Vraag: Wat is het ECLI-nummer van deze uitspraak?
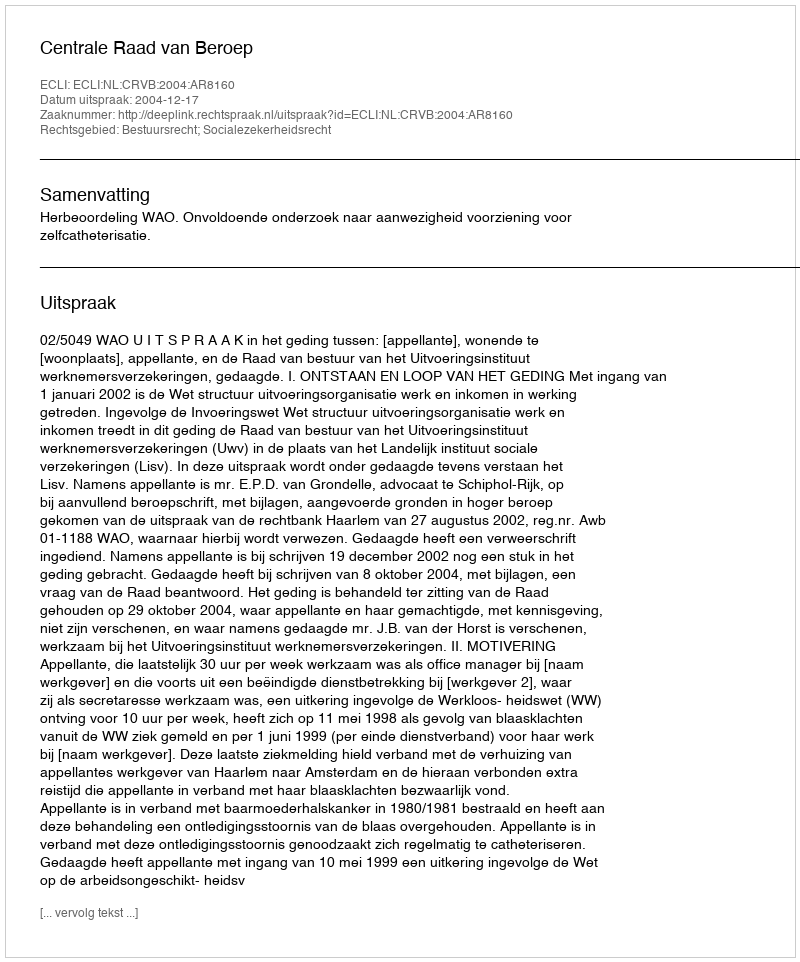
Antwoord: ECLI:NL:CRVB:2004:AR8160